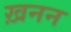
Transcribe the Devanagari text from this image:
ख़नन